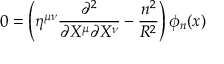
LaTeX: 0 = \left( \eta ^ { \mu \nu } \frac { \partial ^ { 2 } } { \partial X ^ { \mu } \partial X ^ { \nu } } - \frac { n ^ { 2 } } { R ^ { 2 } } \right) \phi _ { n } ( x )